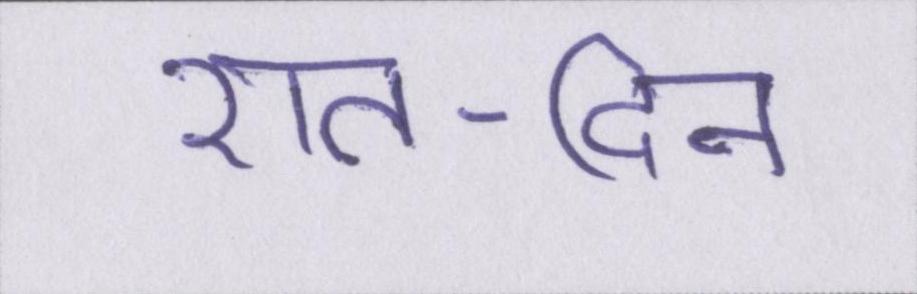
रात-दिन